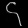
Digit: ၄